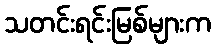
သတင်းရင်းမြစ်များက